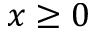
x \ge 0